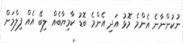
ނުކުންނާނެ އެންމެ މޮޅު އަދި އެންމެ ބޮޑު ކާމިޔާބެއް ލިބޭ އެއް ފިލްމަށް